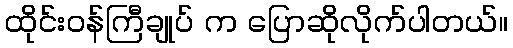
ထိုင်းဝန်ကြီချုပ် က ပြောဆိုလိုက်ပါတယ်။